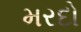
મરદો